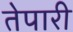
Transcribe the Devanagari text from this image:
तेपारी